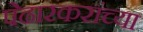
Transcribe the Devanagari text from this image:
पेढारकरांच्या